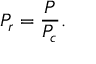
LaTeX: P _ { r } = { \frac { P } { P _ { c } } } .